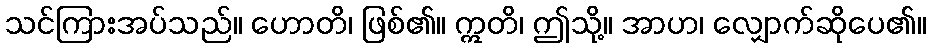
သင်ကြားအပ်သည်။ ဟောတိ၊ ဖြစ်၏။ ဣတိ၊ ဤသို့။ အာဟ၊ လျှောက်ဆိုပေ၏။